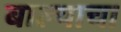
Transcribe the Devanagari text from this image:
बाल्याचा